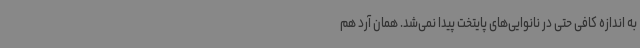
به اندازه کافی حتی در نانوایی‌های پایتخت پیدا نمی‌شد. همان آرد هم